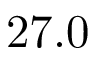
2 7 . 0